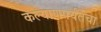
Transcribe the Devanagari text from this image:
कल्याणपर्यंतचा